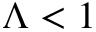
\Lambda < 1